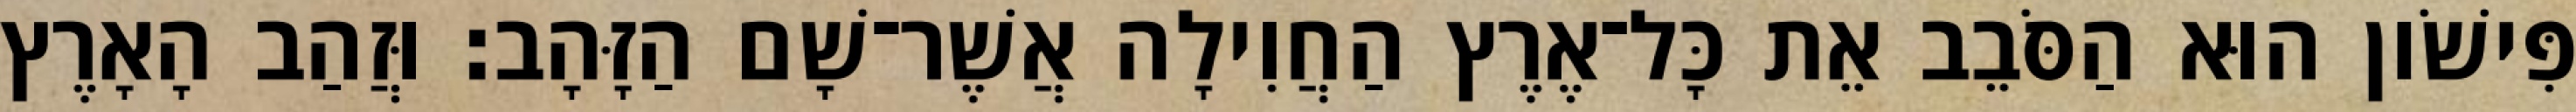
פִּישֹׁון הוּא הַסֹּבֵב אֵת כָּל־אֶרֶץ הַחֲוִילָה אֲשֶׁר־שָׁם הַזָּהָב׃ וּזֲהַב הָאָרֶץ